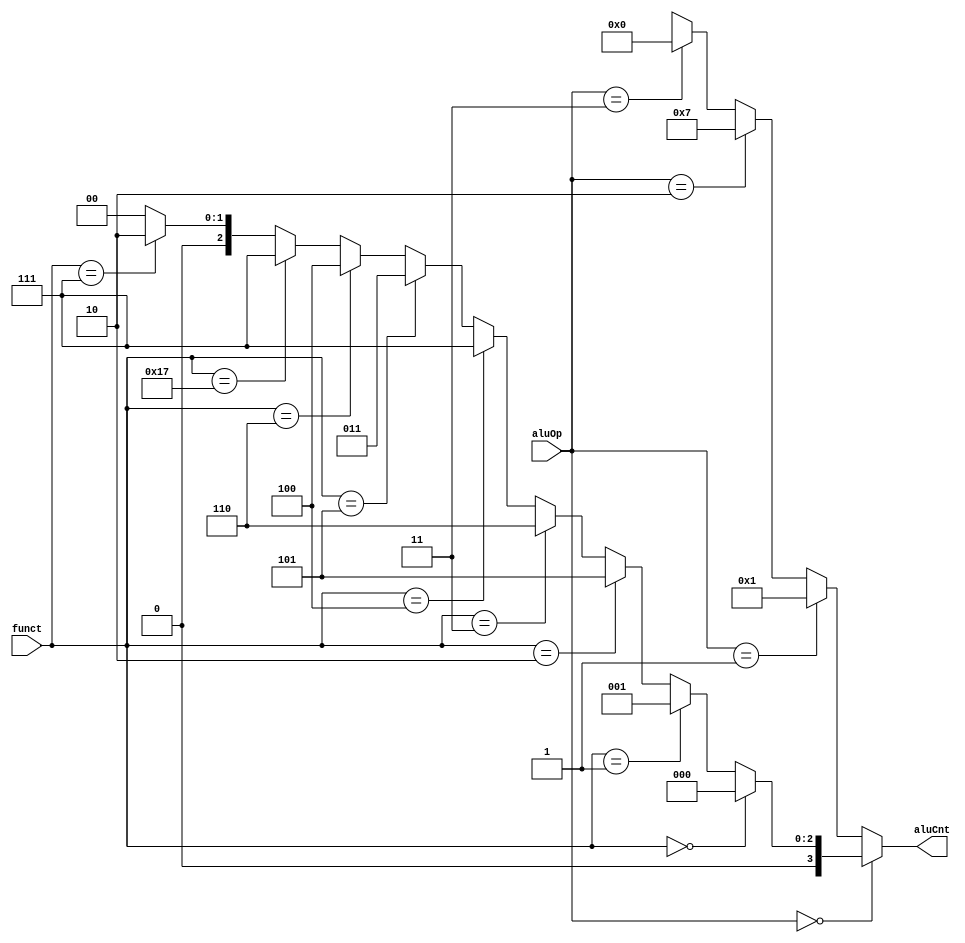
`timescale 1ns / 1ps

module ALU_Control(

		input [2:0] aluOp,
		input [5:0] funct,
		output reg [3:0] aluCnt
    );

		always @(aluOp or funct)
			begin 
				aluCnt = aluOp == 3'b000 ? (funct == 6'b000000 ? 4'b0000:
																funct == 6'b000001 ? 4'b0001:
																funct == 6'b000010 ? 4'b0101:
																funct == 6'b000011 ? 4'b0110:
																funct == 6'b000100 ? 4'b0111:
																funct == 6'b000101 ? 4'b0011:
																funct == 6'b000110 ? 4'b0100:
																funct == 6'b010111 ? 4'b0111:
																funct == 6'b000111 ? 4'b0010: 4'b0000): //b0000 --> b0111
																
																
																
									aluOp == 3'b001 ? 4'b0001:
									aluOp == 3'b010 ? 4'b0111:
									aluOp == 3'b011 ? 4'b0000: 4'bxxxx;




			end

endmodule